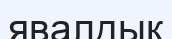
явалдык